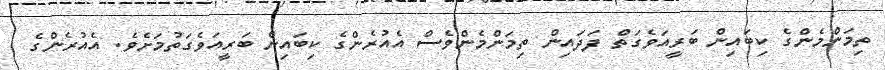
ތިމަންމެންގެ ކިބައިން ބަރީއަވެގަތް ފަދައިން ތިމަންމެންވެސް އެއުރެންގެ ކިބައިން ބަރީއަވެގަތުމަށެވެ. އެއުރެންގެ